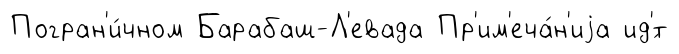
Погран'и́чном Барабаш-Л'евада Пр'им'еча́н'иjа ид'́т